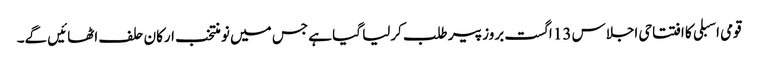
قومی اسبلی کا افتتاحی اجلاس 13 اگست بروز پیر طلب کرلیا گیا ہے جس میں نو منتخب ارکان حلف اٹھائیں گے۔